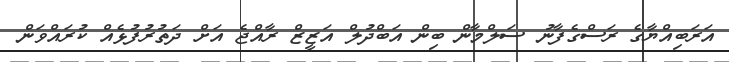
އަރަބިއްޔާގެ ރަސްގެފާނު ސަލްމާން ބިން އަބްދުލް އަޒީޒް ރާއްޖެ އަށް ދަތުރުފުޅެއް ކުރައްވަން